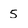
Character: 5